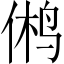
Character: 鸺